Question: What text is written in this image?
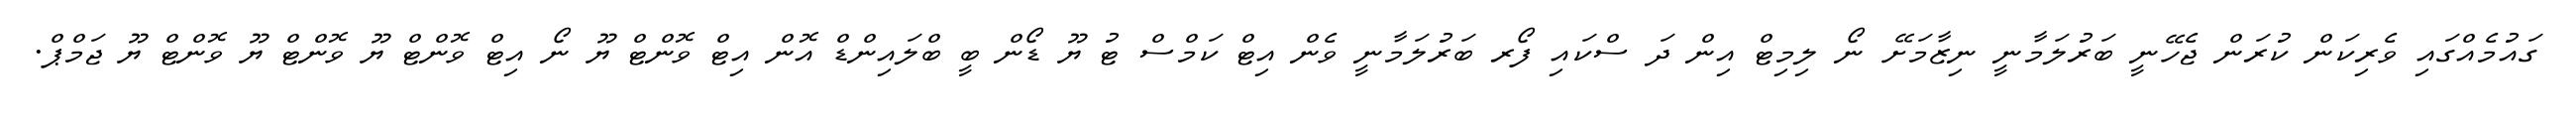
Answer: ގައުމެއްގައި ވެރިކަން ކުރަން ޖެހޭނީ ބަރުލަމާނީ ނިޒާމަށޭ ނޯ ލިމިޓް އިން ދަ ސްކައި ފޯރ ބަރުލަމާނީ ވެން އިޓް ކަމްސް ޓު ޔޫ ޑޯން ބީ ބްލައިންޑް އޮން އިޓް ވޮންޓް ޔޫ ނޯ އިޓް ވޮންޓް ޔޫ ވޮންޓް ޔޫ ވޮންޓް ޔޫ ޖަމްޕް.